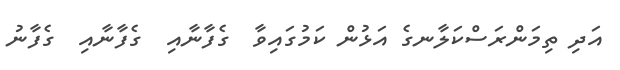
އަދި ތިމަންރަސްކަލާނގެ އަޅުން ކަމުގައިވާ  ގެފާނާއި  ގެފާނާއި  ގެފާނު